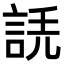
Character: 𧧲